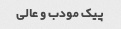
پیک مودب و عالی